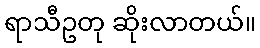
ရာသီဥတု ဆိုးလာတယ်။